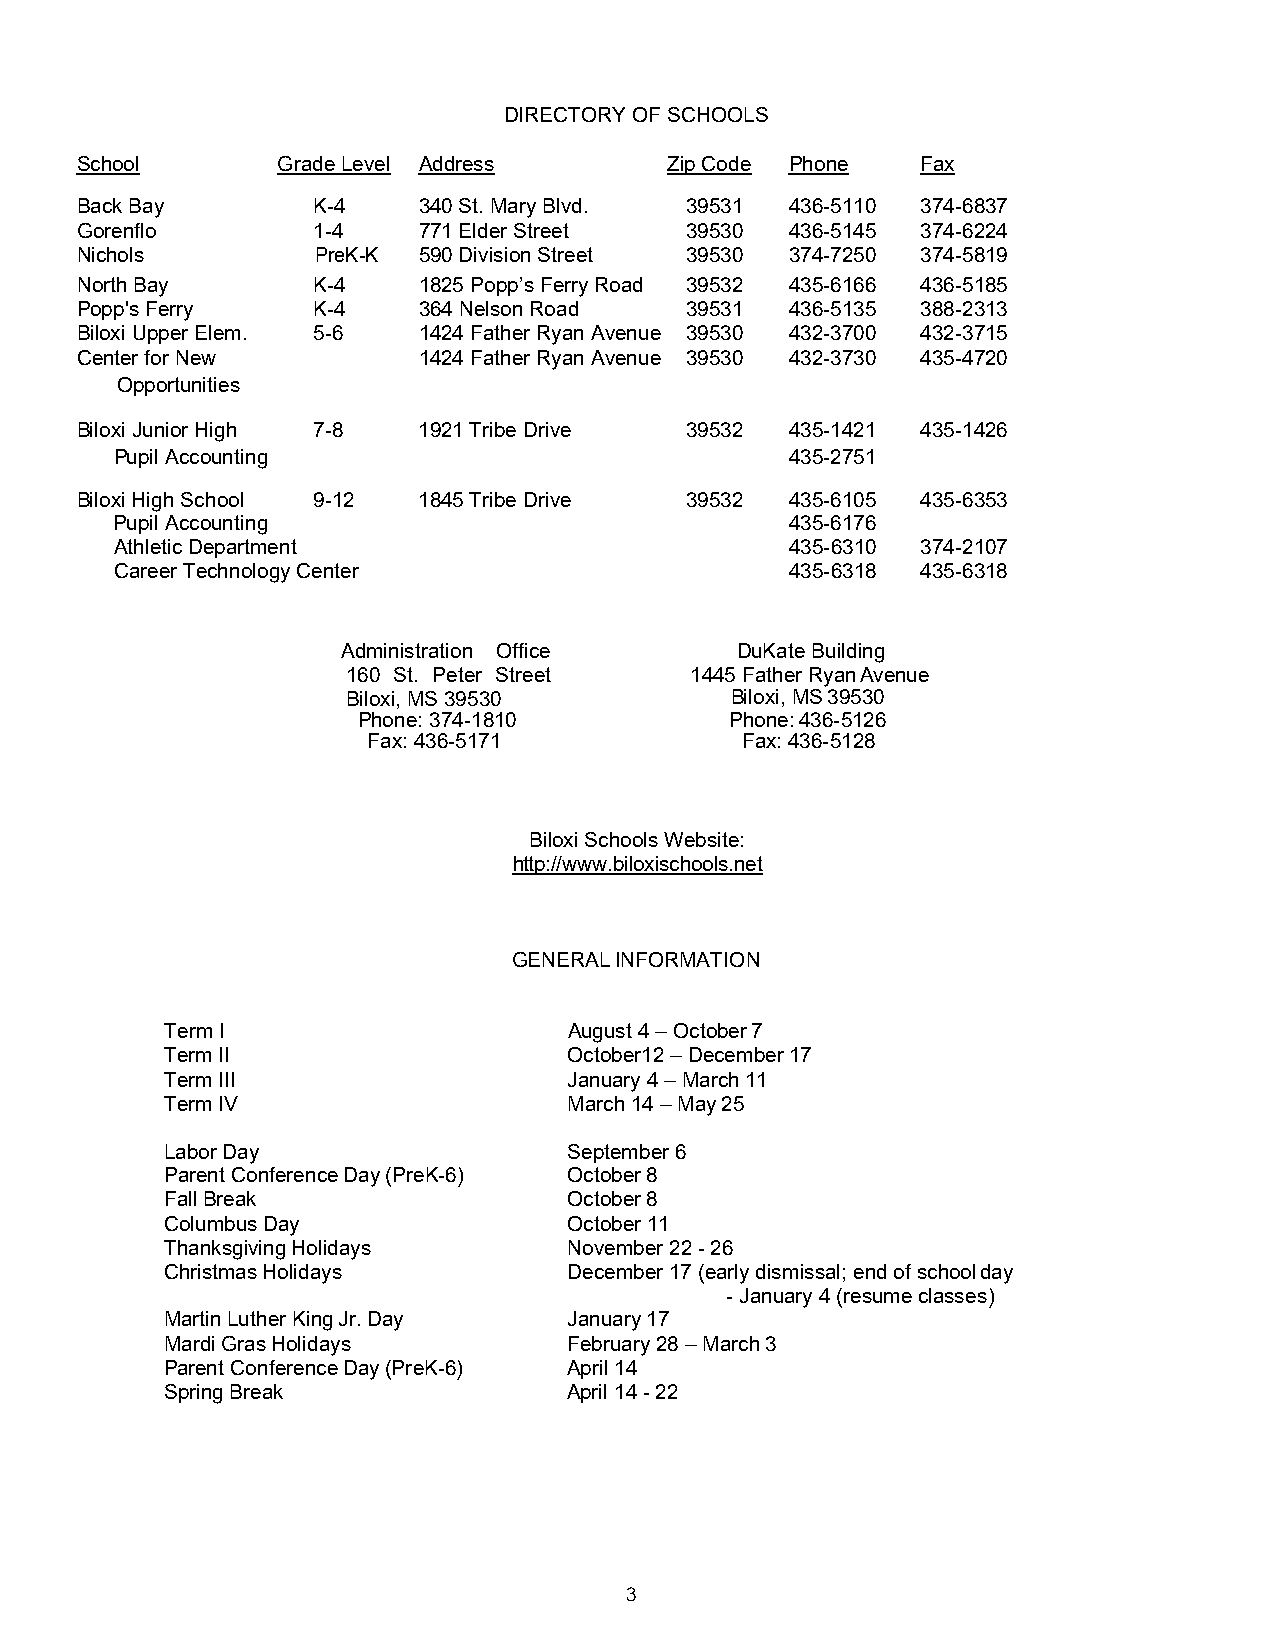
DIRECTORY OF SCHOOLS
 School       Grade Level Address       Zip Code Phone   Fax
 Back Bay        K-4    340 St. Mary Blvd. 39531 436-5110 374-6837
 Gorenflo        1-4    771 Elder Street 39530  436-5145 374-6224
 Nichols         PreK-K 590 Division Street 39530 374-7250 374-5819
 North Bay       K-4    1825 Popp’s Ferry Road 39532 435-6166 436-5185
 Popp's Ferry    K-4    364 Nelson Road  39531  436-5135 388-2313
 Biloxi Upper Elem. 5-6 1424 Father Ryan Avenue 39530 432-3700 432-3715
 Center for New         1424 Father Ryan Avenue 39530 432-3730 435-4720
 Opportunities
 Biloxi Junior High 7-8 1921 Tribe Drive 39532  435-1421 435-1426
 Pupil Accounting                            435-2751
 Biloxi High School 9-12 1845 Tribe Drive 39532 435-6105 435-6353
 Pupil Accounting                             435-6176
 Athletic Department                         435-6310 374-2107
 Career Technology Center                    435-6318 435-6318
 Administration Office     DuKate Building
 160 St. Peter Street   1445 Father Ryan Avenue
 Biloxi, MS 39530         Biloxi, MS 39530
 Phone: 374-1810         Phone: 436-5126
 Fax: 436-5171            Fax: 436-5128
 Biloxi Schools Website:
 http://www.biloxischools.net
 GENERAL INFORMATION
 Term I                     August 4 – October 7
 Term II                    October12 – December 17
 Term III                   January 4 – March 11
 Term IV                    March 14 – May 25
 Labor Day                  September 6
 Parent Conference Day (PreK-6) October 8
 Fall Break                 October 8
 Columbus Day               October 11
 Thanksgiving Holidays      November 22 - 26
 Christmas Holidays         December 17 (early dismissal; end of school day
 - January 4 (resume classes)
 Martin Luther King Jr. Day January 17
 Mardi Gras Holidays        February 28 – March 3
 Parent Conference Day (PreK-6) April 14
 Spring Break               April 14 - 22
 3